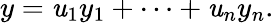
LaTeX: y=\mathit{u}_{1}y_{1}+\cdots+\mathit{u}_{n}y_{n}.